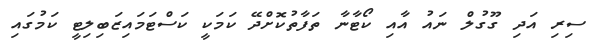
ސިރި އަދި ގޫގުލް ނައު އާއި ކޯޓާނާ ތަފާތުކޮށްދޭ ކަމަކީ ކަސްޓަމައިޒަބިލިޓީ ކަމުގައި